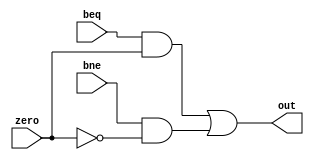
`timescale 1ns / 1ps
//////////////////////////////////////////////////////////////////////////////////
// Company: 
// Engineer: 
// 
// Design Name: 
// Module Name:    Branch 
// Project Name: 
// Target Devices: 
// Tool versions: 
// Description: 
//
// Dependencies: 
//
// Revision: 
// Revision 0.01 - File Created
// Additional Comments: 
//
//////////////////////////////////////////////////////////////////////////////////
module Branch(beq, bne, zero, out);
input beq, bne, zero;
output out;
assign out=(beq&zero)|(bne&(~zero));
endmodule